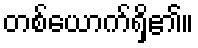
တစ်ယောက်ရှိ၏။